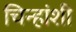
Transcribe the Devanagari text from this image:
चिन्हांशी